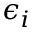
\epsilon _ { i }